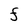
Character: F